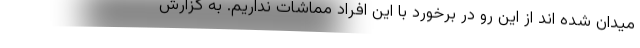
میدان شده اند از این رو در برخورد با این افراد مماشات نداریم. به گزارش